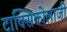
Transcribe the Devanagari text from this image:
टाक्सिकोलाजी